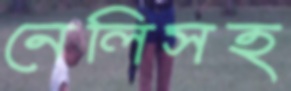
নেলিসহ